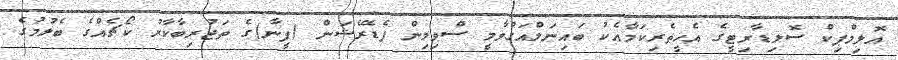
އޮލިމްޕިކް ސޮލިޑާރިޓީގެ އެހީތެރިކަމާއެކު ބައިނަލްއަގުވާމީ ސްވިމިން ފެޑެރޭޝަން (ފީނާ)ގެ ތަޖުރިބާކާރު ކޯޗެއްގެ ބެލުމުގެ